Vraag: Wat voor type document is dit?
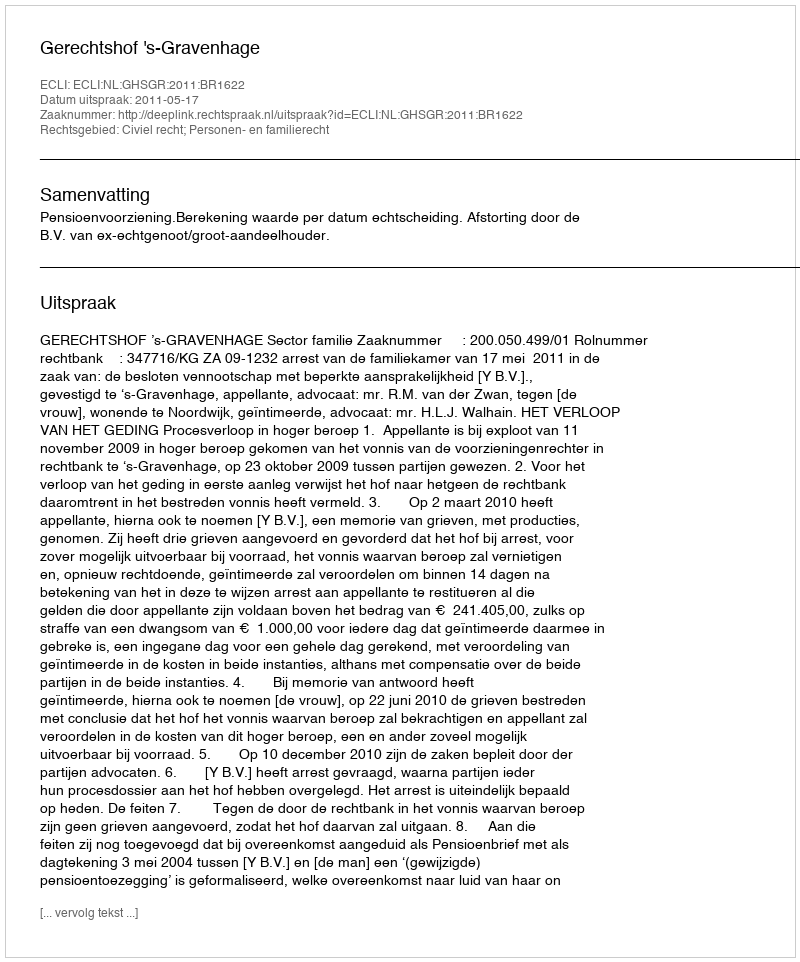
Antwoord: Uitspraak